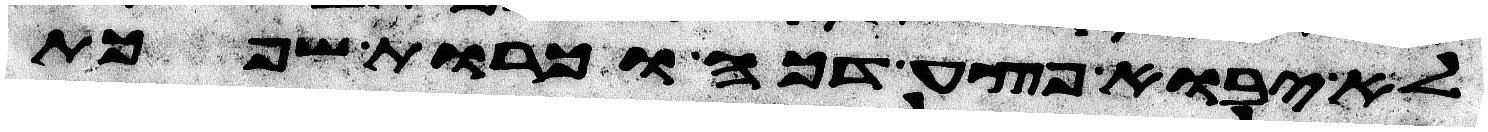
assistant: לא יבוא פצע דכה וכרות שפכת